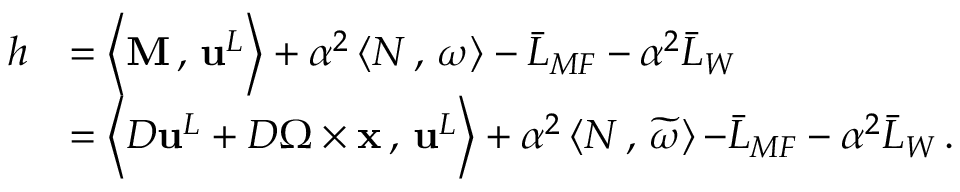
\begin{array} { r l } { h } & { = \left< \mathbf { M } \, , \, { \mathbf { u } } ^ { L } \right> + \alpha ^ { 2 } \left< N \, , \, \omega \right> - \bar { L } _ { M F } - \alpha ^ { 2 } \bar { L } _ { W } } \\ & { = \left< D { \mathbf { u } } ^ { L } + D \boldsymbol { \Omega } \times { \mathbf { x } } \, , \, { \mathbf { u } } ^ { L } \right> + \alpha ^ { 2 } \left< N \, , \, \widetilde { \omega } \right> { - \bar { L } _ { M F } - \alpha ^ { 2 } \bar { L } _ { W } } \, . } \end{array}